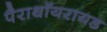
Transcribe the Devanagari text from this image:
पैराथॉयरायड